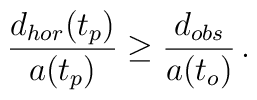
{d_{hor}(t_p) \over a(t_p)} \geq {d_{obs} \over a(t_o)} \, .